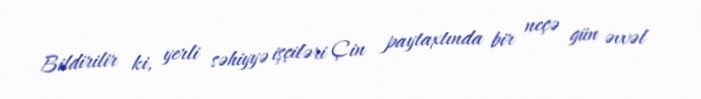
Bildirilir ki, yerli səhiyyə işçiləri Çin paytaxtında bir neçə gün əvvəl